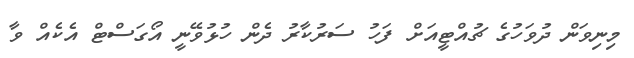
މިނިވަން ދުވަހުގެ ޗުއްޓީއަށް ފަހު ސަރުކާރު ދެން ހުޅުވޭނީ އޯގަސްޓް އެކެއް ވާ